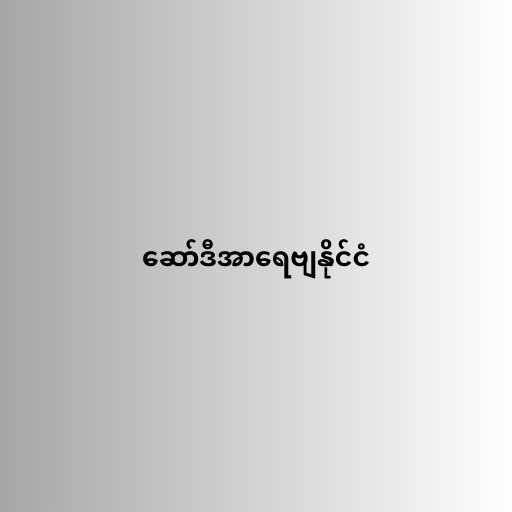
ဆော်ဒီအာရေဗျနိုင်ငံ